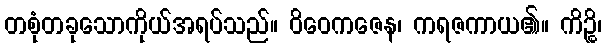
တစုံတခုသောကိုယ်အရပ်သည်။ ဝိဝေကဇေန၊ ကရဇကာယ၏။ ကိဉ္စိ၊